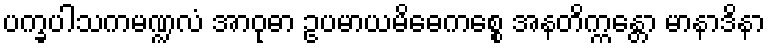
ပက္ခပါသကမဏ္ဍလံ အာဝုဓာ ဥပမာယမိဓေကစ္စေ အနတိက္ကန္တော မာနာဒိနာ